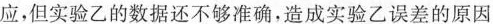
应，但实验乙 的数据还不够准确，造成实验乙误差的原因